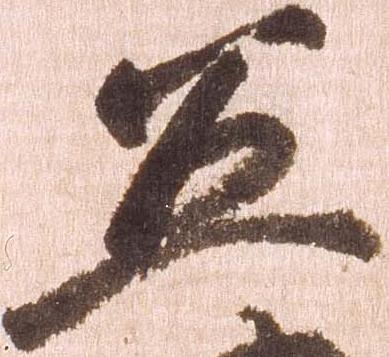
五